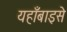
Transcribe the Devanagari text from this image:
यहाँबाइसे